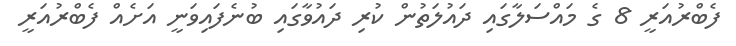
ފެބްރުއަރީ 8 ގެ މައްސަލާގައި ދައުލަތުން ކުރި ދައުވާގައި ބުނެފައިވަނީ އަށެއް ފެބްރުއަރީ